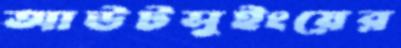
আউটসুইংয়ের